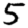
Digit: 5